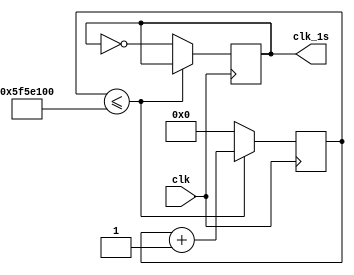
`timescale 1ns / 1ps
//////////////////////////////////////////////////////////////////////////////////
// Company: 
// Engineer: 
// 
// Design Name: 
// Module Name:    clk_1s 
// Project Name: 
// Target Devices: 
// Tool versions: 
// Description: 
//
// Dependencies: 
//
// Revision: 
// Revision 0.01 - File Created
// Additional Comments: 
//
//////////////////////////////////////////////////////////////////////////////////
module clk_1s(clk,clk_1s
    );
	input clk;
	output reg clk_1s;
	reg [26:0] counter;
	
	initial
		counter<=0;
	
	always@(posedge clk)begin
		if(counter<=100000000)
			counter<=counter+27'b00000000000000000000000001;
		else begin
			clk_1s<=~clk_1s;
			counter<=27'b00000000000000000000000000;
		end
	end

endmodule